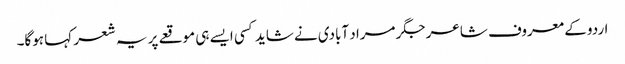
اردو کے معروف شاعر جگر مراد آبادی نے شاید کسی ایسے ہی موقعے پر یہ شعر کہا ہوگا۔